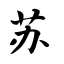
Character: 苏